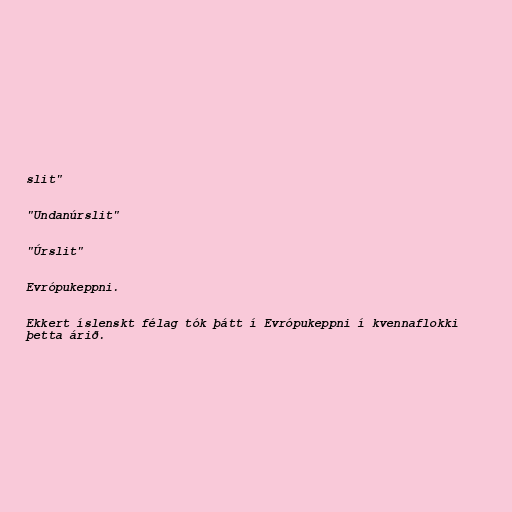
slit"

"Undanúrslit"

"Úrslit"

Evrópukeppni.

Ekkert íslenskt félag tók þátt í Evrópukeppni í kvennaflokki
þetta árið.